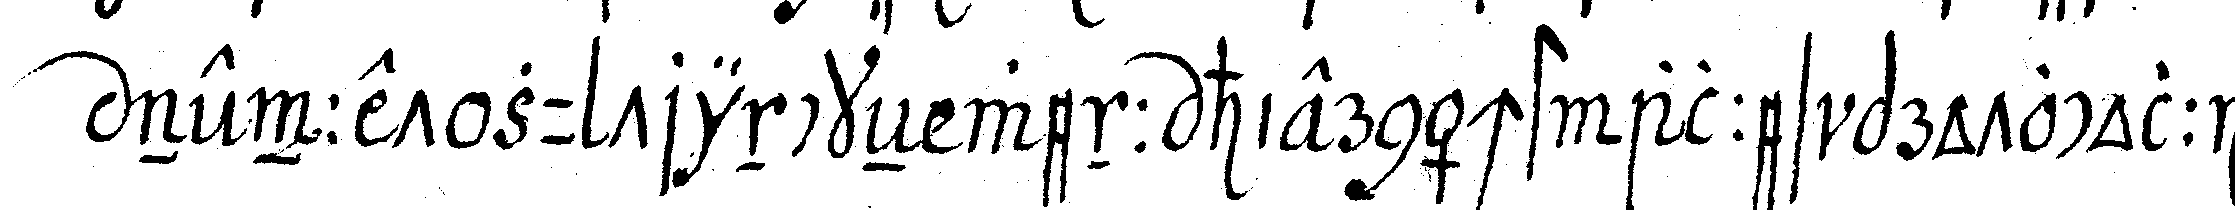
nennet zu trinckeN wenn hiernächst alles protocolli